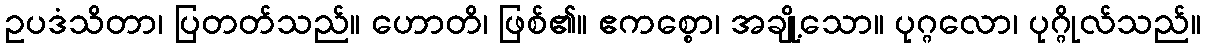
ဥပဒံသိတာ၊ ပြတတ်သည်။ ဟောတိ၊ ဖြစ်၏။ ဧကစ္စော၊ အချို့သော။ ပုဂ္ဂလော၊ ပုဂ္ဂိုလ်သည်။